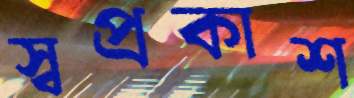
স্বপ্রকাশ